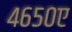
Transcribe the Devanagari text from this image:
४६५०ए